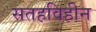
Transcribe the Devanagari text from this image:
सतहविहीन